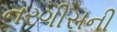
નરગીસની